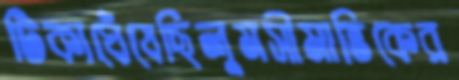
টিকাঘেঁষেছিলুমসীমান্তিকের